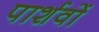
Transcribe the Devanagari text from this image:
पार्शवों